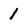
Character: 1